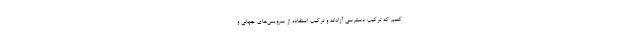
کنیم که ترکیب دسترسی آزادانه و ترکیب استفاده از سرویس‌های جهانی و